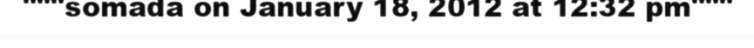
"""somada on January 18, 2012 at 12:32 pm"""